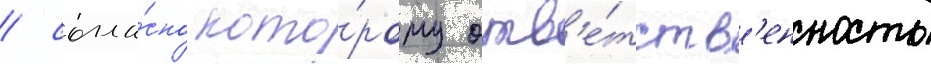
/ согла́сно кото́рому отв'е́тств'енность